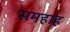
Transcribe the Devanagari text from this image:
समहाह